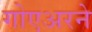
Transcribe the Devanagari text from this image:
गोएअरने